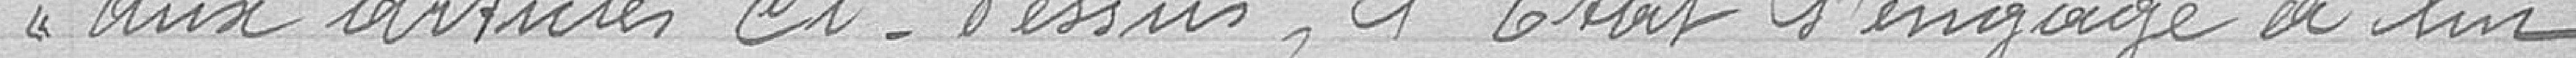
aux article ci-dessus, l'Etat s'engage à lui